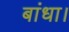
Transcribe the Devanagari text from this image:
बांधा।